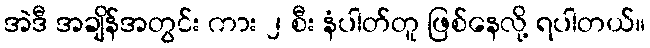
အဲဒီ အချိန်အတွင်း ကား ၂ စီး နံပါတ်တူ ဖြစ်နေလို့ ရပါတယ်။